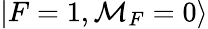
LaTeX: \left|F=1,\mathcal{M}_{F}=0\right>